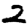
Digit: 2